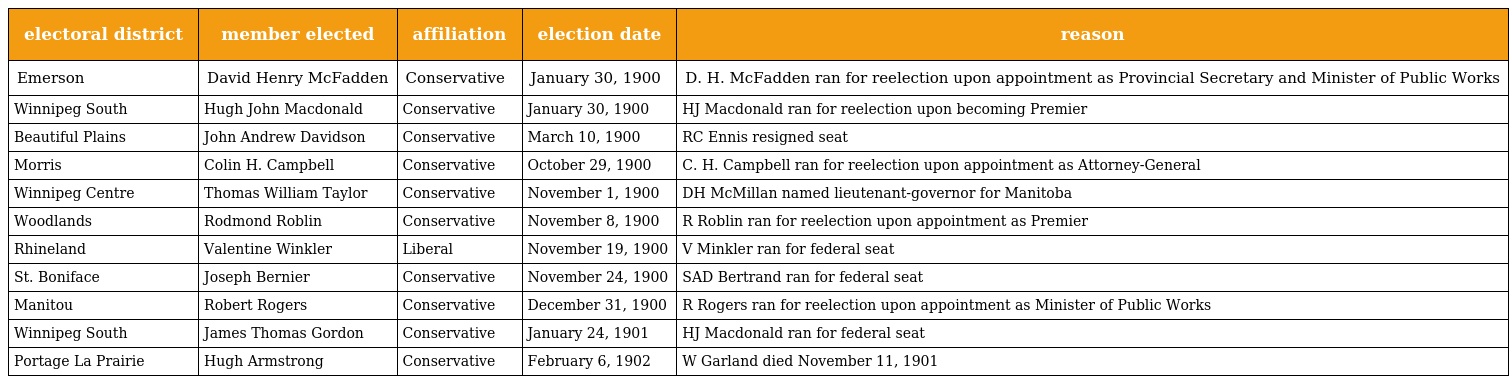
| electoral district | member elected | affiliation | election date | reason |
 | --- | --- | --- | --- | --- |
 | Emerson | David Henry McFadden | Conservative | January 30, 1900 | D. H. McFadden ran for reelection upon appointment as Provincial Secretary and Minister of Public Works |
 | Winnipeg South | Hugh John Macdonald | Conservative | January 30, 1900 | HJ Macdonald ran for reelection upon becoming Premier |
 | Beautiful Plains | John Andrew Davidson | Conservative | March 10, 1900 | RC Ennis resigned seat |
 | Morris | Colin H. Campbell | Conservative | October 29, 1900 | C. H. Campbell ran for reelection upon appointment as Attorney-General |
 | Winnipeg Centre | Thomas William Taylor | Conservative | November 1, 1900 | DH McMillan named lieutenant-governor for Manitoba |
 | Woodlands | Rodmond Roblin | Conservative | November 8, 1900 | R Roblin ran for reelection upon appointment as Premier |
 | Rhineland | Valentine Winkler | Liberal | November 19, 1900 | V Minkler ran for federal seat |
 | St. Boniface | Joseph Bernier | Conservative | November 24, 1900 | SAD Bertrand ran for federal seat |
 | Manitou | Robert Rogers | Conservative | December 31, 1900 | R Rogers ran for reelection upon appointment as Minister of Public Works |
 | Winnipeg South | James Thomas Gordon | Conservative | January 24, 1901 | HJ Macdonald ran for federal seat |
 | Portage La Prairie | Hugh Armstrong | Conservative | February 6, 1902 | W Garland died November 11, 1901 |